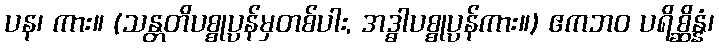
ပန၊ ကား။ (သန္တတိပစ္စုပ္ပန်မှတစ်ပါး, အဒ္ဓါပစ္စုပ္ပန်ကား။) ဧကဘဝ ပရိစ္ဆိန္နံ၊